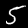
Digit: 5